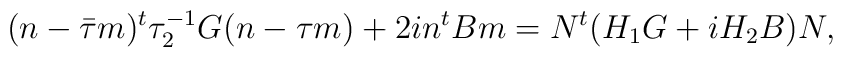
(n-\bar\tau m)^t \tau_2^{-1} G(n-\tau m)+2in^t Bm=N^t(H_1 G+iH_2 B)N,